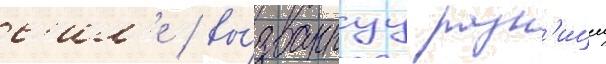
с'ил'е / вы́званнуу разн'ицеи